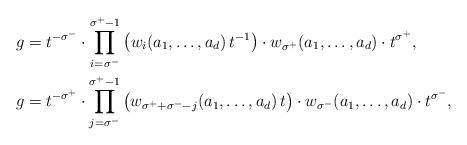
LaTeX: \begin{align*} g & = t^{-\sigma^-} \cdot \prod_{i=\sigma^-}^{\sigma^+-1} \big( w_i(a_1, \dots, a_d) \, t^{-1} \big) \cdot w_{\sigma^+}(a_1,\ldots,a_d) \cdot t^{\sigma^+}, \\ g & = t^{-\sigma^+} \cdot \prod_{j=\sigma^-}^{\sigma^+ -1} \big( w_{\sigma^+ + \sigma^- - j}(a_1, \dots, a_d) \, t \big) \cdot w_{\sigma^-}(a_1,\ldots,a_d) \cdot t^{\sigma^-},\end{align*}